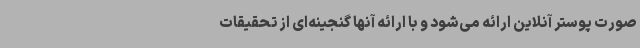
صورت پوستر آنلاین ارائه می‌شود و با ارائه آنها گنجینه‌ای از تحقیقات